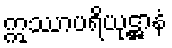
ဣဿာပရိယုဋ္ဌာနံ